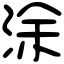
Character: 涂